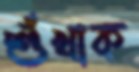
শুঁখাক